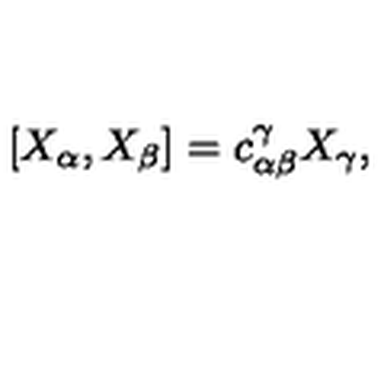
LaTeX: [ X _ { \alpha } , X _ { \beta } ] = c _ { \alpha \beta } ^ { \gamma } X _ { \gamma } ,